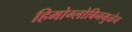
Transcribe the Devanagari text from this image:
हिमोग्लोबिनमुळेच